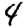
Digit: 4